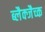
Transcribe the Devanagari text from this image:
ब्लैक्जैच्क